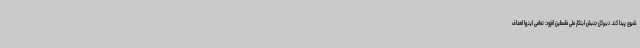
شیوع پیدا کند. دبیرکل جنبش ابتکار ملی فلسطین افزود: تمامی اینها اهداف